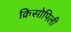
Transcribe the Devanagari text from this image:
क्रिसोपिली